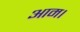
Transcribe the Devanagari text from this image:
आम।